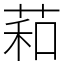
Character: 萂